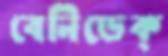
বেনিডেক্